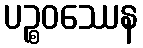
ပဉ္စဝဿေန